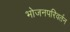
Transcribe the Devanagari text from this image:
भोजनपरिवर्तन